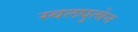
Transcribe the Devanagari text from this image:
स्वलघुत्वेन